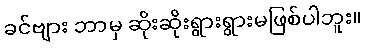
ခင်ဗျား ဘာမှ ဆိုးဆိုးရွားရွားမဖြစ်ပါဘူး။